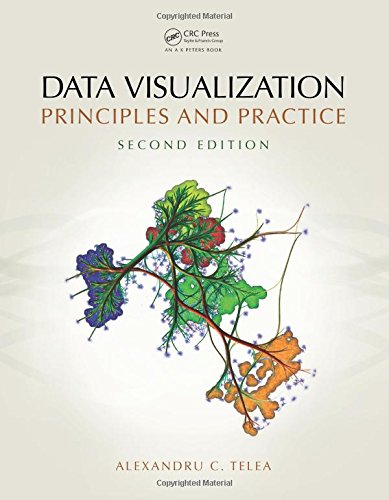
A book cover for Data Visualization: Principles and Practice, Second Edition; Alexandru C. Telea; Computers & Technology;